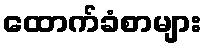
ထောက်ခံစာများ